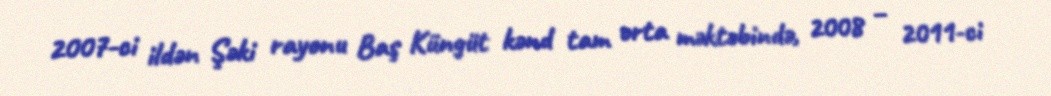
2007-ci ildən Şəki rayonu Baş Küngüt kənd tam orta məktəbində, 2008 – 2011-ci